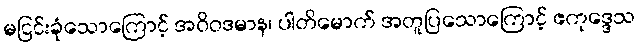
မငြင်းခုံသောကြောင့် အဝိဝဒမာန၊ ပါတိမောက် အတူပြသောကြောင့် ဧကုဒ္ဒေသ